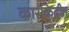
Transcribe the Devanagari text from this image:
कारकिदीत